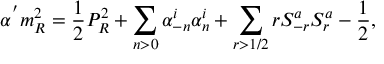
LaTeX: \alpha ^ { ' } m _ { R } ^ { 2 } = \frac { 1 } { 2 } P _ { R } ^ { 2 } + \sum _ { n > 0 } \alpha _ { - n } ^ { i } \alpha _ { n } ^ { i } + \sum _ { r > 1 / 2 } r S _ { - r } ^ { a } S _ { r } ^ { a } - \frac { 1 } { 2 } ,